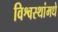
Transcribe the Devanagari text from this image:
विश्वस्थांमधे